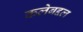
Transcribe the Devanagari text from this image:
कलेबद्दल